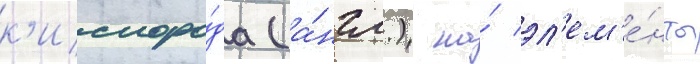
к'ислоро́да (а́нгл.) на́ эл'ем'е́нты